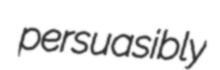
persuasibly